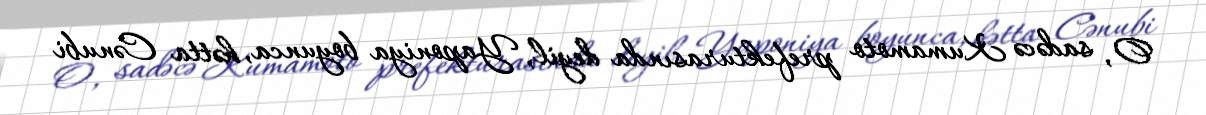
O, sadəcə Kumamoto prefekturasında deyil, Yaponiya boyunca, hətta Cənubi